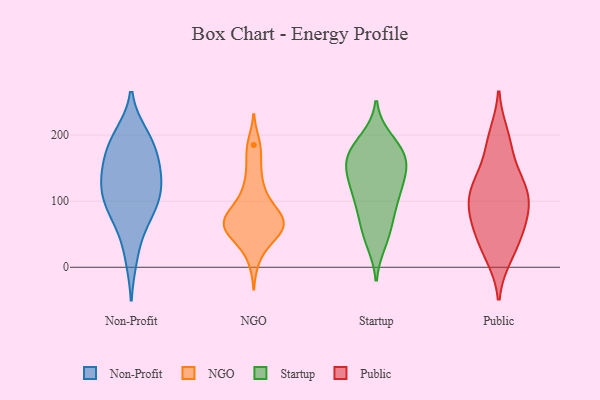
{"axis": {"x": "Active Users", "y": "Value"}, "legend": ["NGO", "Non-Profit", "Public", "Startup"], "data": [{"x": "", "y": 190, "type": "Non-Profit"}, {"x": "", "y": 192, "type": "Non-Profit"}, {"x": "", "y": 111, "type": "Non-Profit"}, {"x": "", "y": 199, "type": "Non-Profit"}, {"x": "", "y": 105, "type": "Non-Profit"}, {"x": "", "y": 144, "type": "Non-Profit"}, {"x": "", "y": 84, "type": "Non-Profit"}, {"x": "", "y": 155, "type": "Non-Profit"}, {"x": "", "y": 130, "type": "Non-Profit"}, {"x": "", "y": 16, "type": "Non-Profit"}, {"x": "", "y": 168, "type": "Non-Profit"}, {"x": "", "y": 90, "type": "Non-Profit"}, {"x": "", "y": 64, "type": "Non-Profit"}, {"x": "", "y": 128, "type": "Non-Profit"}, {"x": "", "y": 67, "type": "NGO"}, {"x": "", "y": 51, "type": "NGO"}, {"x": "", "y": 63, "type": "NGO"}, {"x": "", "y": 185, "type": "NGO"}, {"x": "", "y": 52, "type": "NGO"}, {"x": "", "y": 13, "type": "NGO"}, {"x": "", "y": 122, "type": "NGO"}, {"x": "", "y": 76, "type": "NGO"}, {"x": "", "y": 59, "type": "NGO"}, {"x": "", "y": 81, "type": "NGO"}, {"x": "", "y": 173, "type": "NGO"}, {"x": "", "y": 47, "type": "NGO"}, {"x": "", "y": 64, "type": "NGO"}, {"x": "", "y": 92, "type": "NGO"}, {"x": "", "y": 136, "type": "NGO"}, {"x": "", "y": 90, "type": "NGO"}, {"x": "", "y": 84, "type": "Startup"}, {"x": "", "y": 193, "type": "Startup"}, {"x": "", "y": 151, "type": "Startup"}, {"x": "", "y": 111, "type": "Startup"}, {"x": "", "y": 175, "type": "Startup"}, {"x": "", "y": 64, "type": "Startup"}, {"x": "", "y": 159, "type": "Startup"}, {"x": "", "y": 175, "type": "Startup"}, {"x": "", "y": 47, "type": "Startup"}, {"x": "", "y": 184, "type": "Startup"}, {"x": "", "y": 38, "type": "Startup"}, {"x": "", "y": 138, "type": "Startup"}, {"x": "", "y": 120, "type": "Startup"}, {"x": "", "y": 116, "type": "Startup"}, {"x": "", "y": 149, "type": "Startup"}, {"x": "", "y": 162, "type": "Startup"}, {"x": "", "y": 93, "type": "Startup"}, {"x": "", "y": 27, "type": "Public"}, {"x": "", "y": 104, "type": "Public"}, {"x": "", "y": 62, "type": "Public"}, {"x": "", "y": 72, "type": "Public"}, {"x": "", "y": 112, "type": "Public"}, {"x": "", "y": 113, "type": "Public"}, {"x": "", "y": 54, "type": "Public"}, {"x": "", "y": 89, "type": "Public"}, {"x": "", "y": 17, "type": "Public"}, {"x": "", "y": 200, "type": "Public"}, {"x": "", "y": 125, "type": "Public"}, {"x": "", "y": 183, "type": "Public"}, {"x": "", "y": 145, "type": "Public"}]}